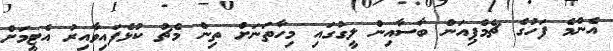
އެންމެ ފަހުގެ ޗެމްޕިއަން ބާސާއިން ލީގުގައި މިހާތަނަށް ތިން މެޗު ކުޅެފައިވާއިރު އެޓީމަށް